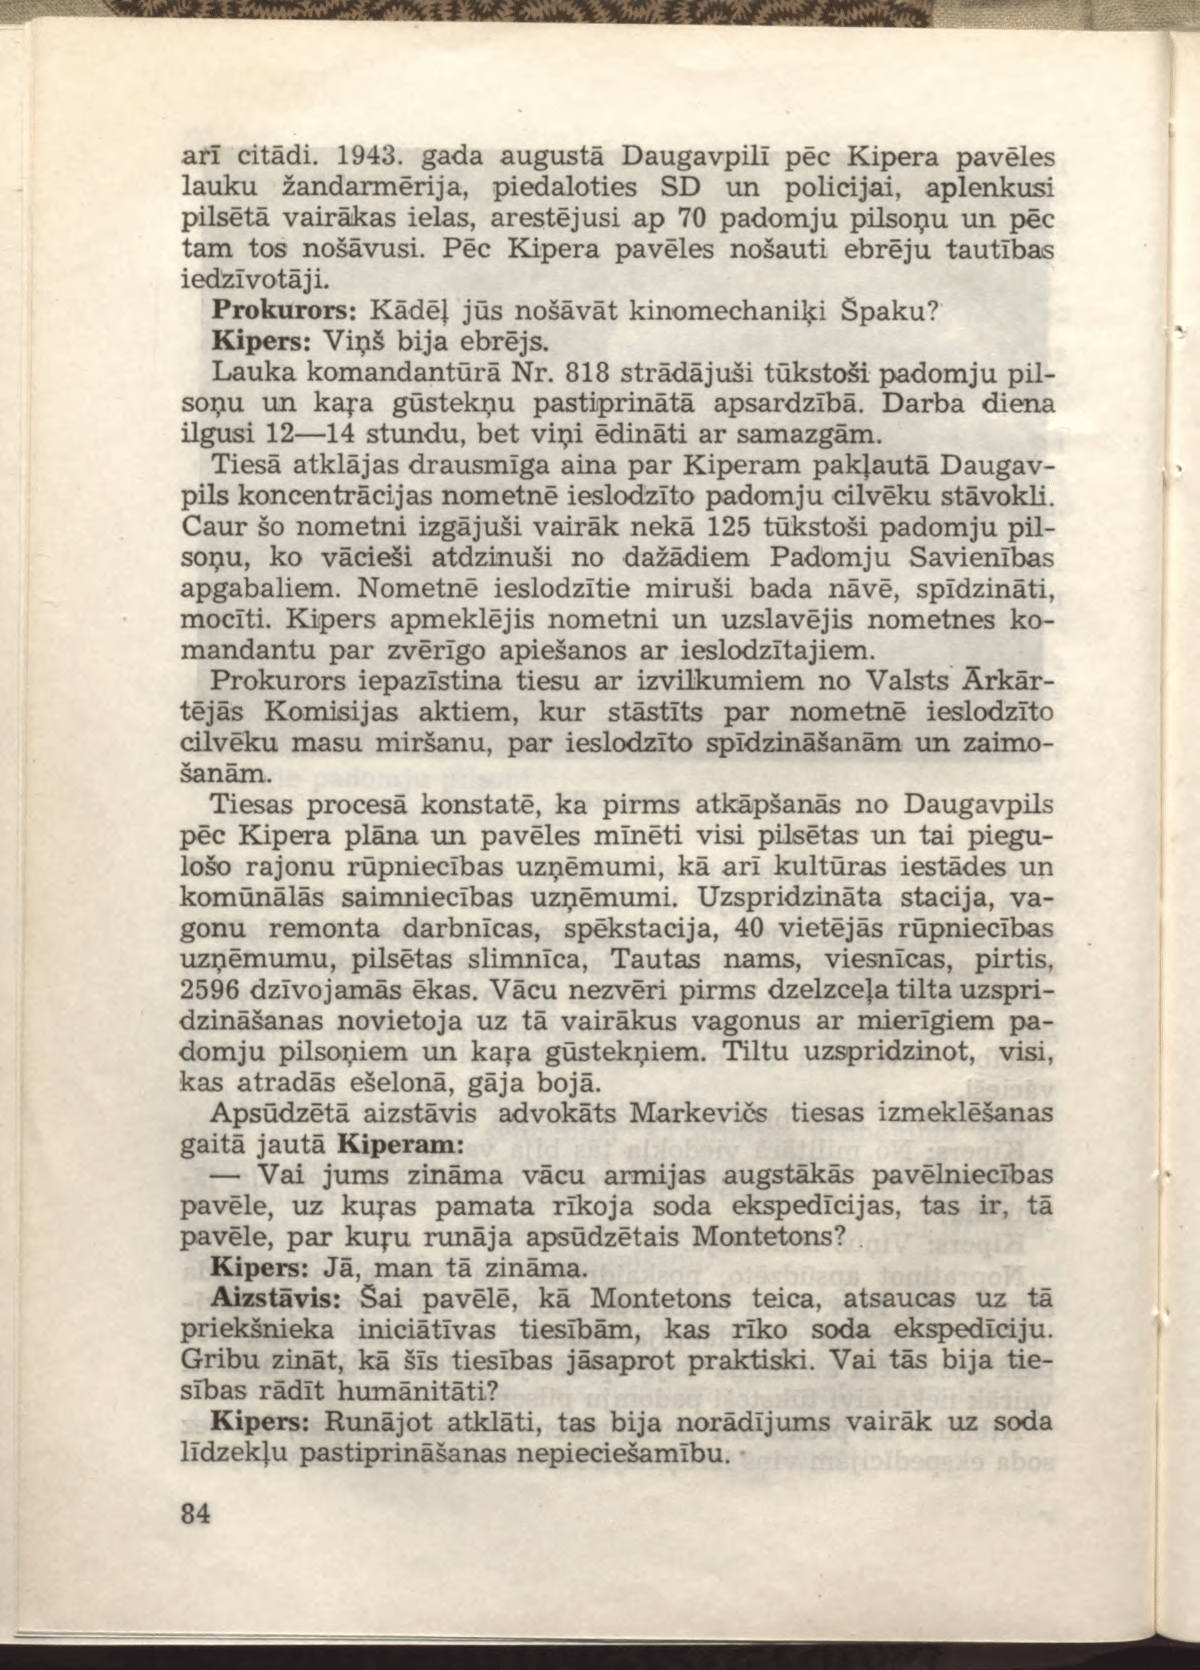
Language: lv